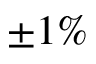
\pm 1 \%